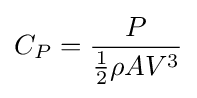
C_{P}={\frac {P}{{\frac {1}{2}}\rho AV^{3}}}